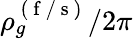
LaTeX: \rho_{g}^{\mathrm{~(~f~/~s~)~}}/2\pi